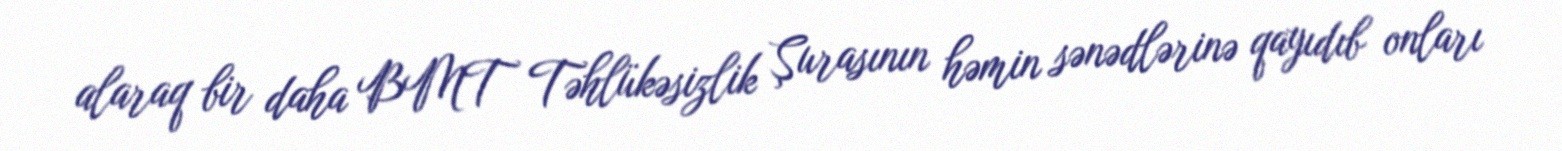
alaraq bir daha BMT Təhlükəsizlik Şurasının həmin sənədlərinə qayıdıb onları